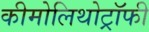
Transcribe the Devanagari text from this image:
कीमोलिथोट्रॉफी